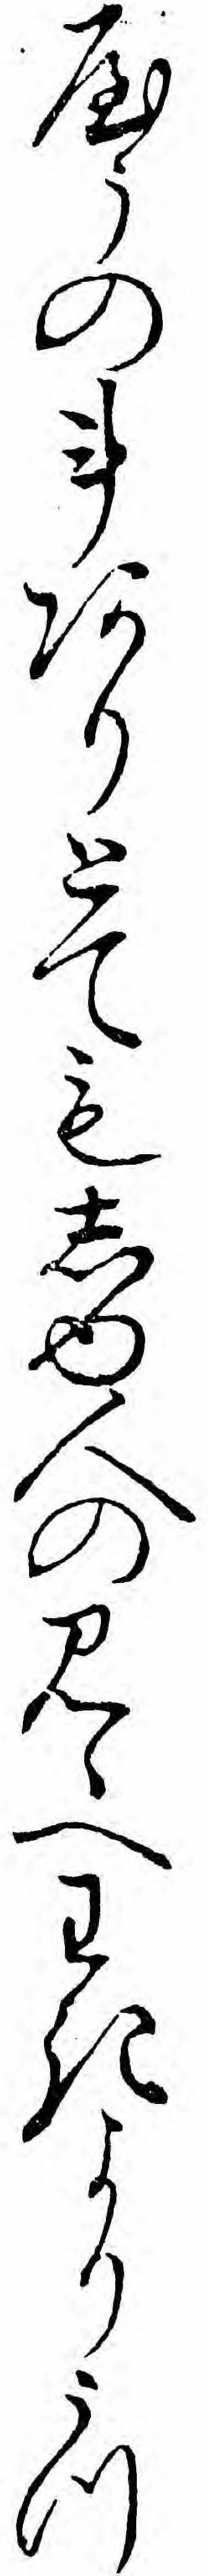
やうの事ありとてもしゆ人のみゝへわきよりうつ